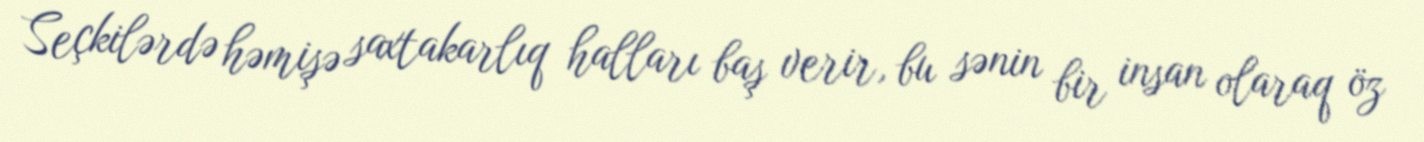
Seçkilərdə həmişə saxtakarlıq halları baş verir, bu sənin bir insan olaraq öz